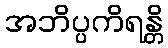
အဘိပ္ပကိရန္တိ